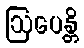
ဩပေန္တိ